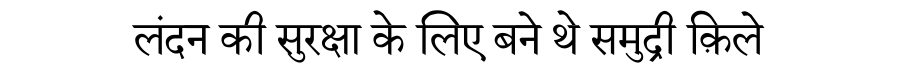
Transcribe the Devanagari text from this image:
लंदन की सुरक्षा के लिए बने थे समुद्री क़िले